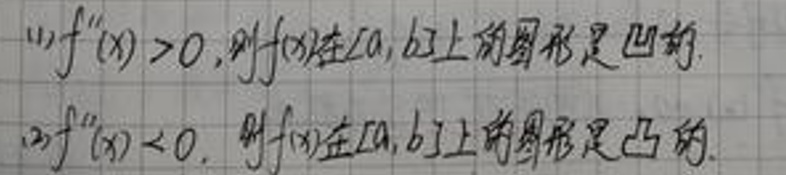
$(1)f''(x)>0$,则$f(x)$在[a,b]上的图形是凹的.
$(2)f''(x)<0$,则$f(x)$在[a,b]上的图形是凸的.